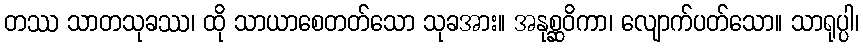
တဿ သာတသုခဿ၊ ထို သာယာစေတတ်သော သုခအား။ အနုစ္ဆဝိကာ၊ လျောက်ပတ်သော။ သာရုပ္ပါ၊